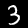
Digit: 3